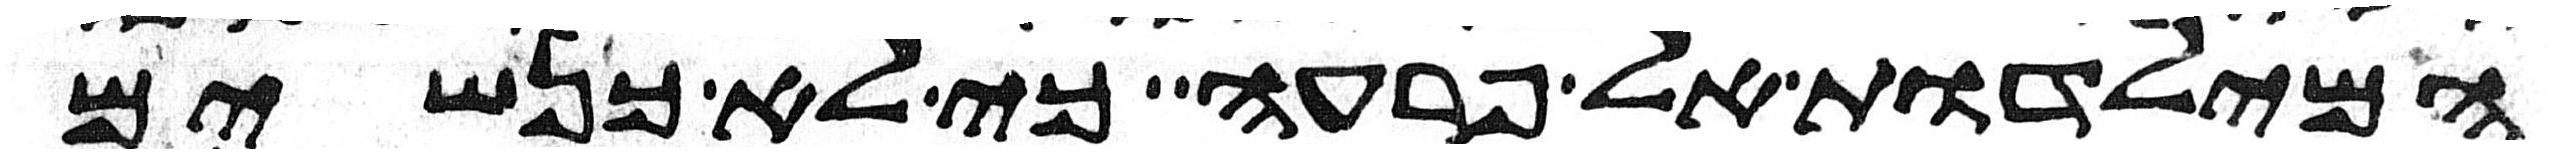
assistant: המילדות אל פרעה כי לא כנשים